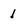
Character: 1